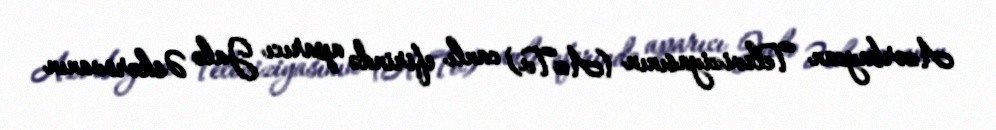
Azərbaycan Televiziyasının (AzTv) canlı efirində aparıcı Jalə Əskərovanın